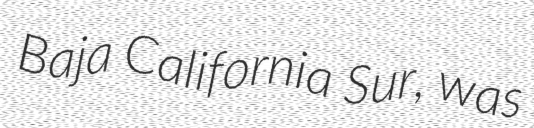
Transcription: Baja California Sur, was